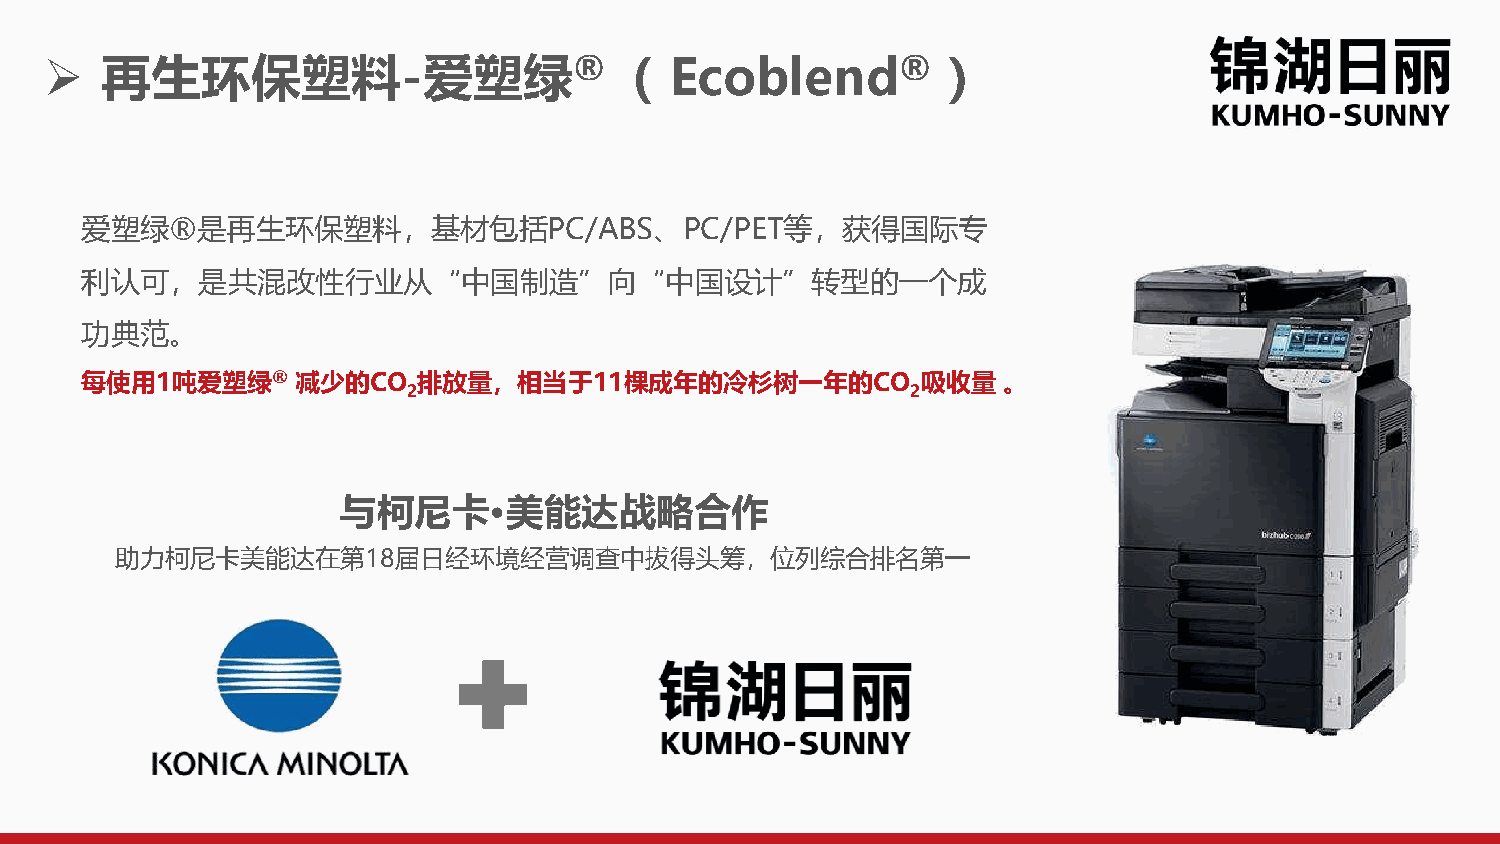
➢   再生环保塑料-爱塑绿®（                         Ecoblend®          ）
 爱塑绿®是再生环保塑料，基材包括PC/ABS、PC/PET等，获得国际专
 利认可，是共混改性行业从“中国制造”向“中国设计”转型的一个成
 功典范。
 每使用1吨爱塑绿®      减少的CO   排放量，相当于11棵成年的冷杉树一年的CO            吸收量  。
 2                                2
 与柯尼卡·美能达战略合作
 助力柯尼卡美能达在第18届日经环境经营调查中拔得头筹，位列综合排名第一